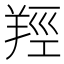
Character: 羥